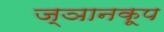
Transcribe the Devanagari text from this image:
ज्ञानकूप